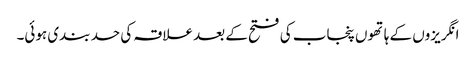
انگریزوں کے ہاتھوں پنجاب کی فتح کے بعد علاقہ کی حد بندی ہوئی۔